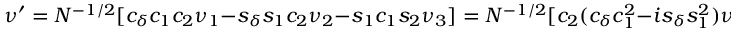
\nu ^ { \prime } = N ^ { - 1 / 2 } [ c _ { \delta } c _ { 1 } c _ { 2 } \nu _ { 1 } - s _ { \delta } s _ { 1 } c _ { 2 } \nu _ { 2 } - s _ { 1 } c _ { 1 } s _ { 2 } \nu _ { 3 } ] = N ^ { - 1 / 2 } [ c _ { 2 } ( c _ { \delta } c _ { 1 } ^ { 2 } - i s _ { \delta } s _ { 1 } ^ { 2 } ) \nu _ { e } - s _ { 1 } c _ { 1 } e ^ { i \delta } \nu _ { \mu } ] ,